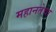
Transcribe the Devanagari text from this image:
महानतेचा